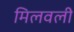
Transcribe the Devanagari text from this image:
मिलवली